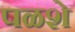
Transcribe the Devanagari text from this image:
पळशे